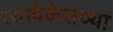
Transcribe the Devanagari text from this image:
त्यावेळेसच्या